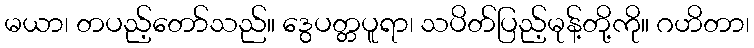
မယာ၊ တပည့်တော်သည်။ ဒွေပတ္တပူရာ၊ သပိတ်ပြည့်မုန့်တို့ကို။ ဂဟိတာ၊